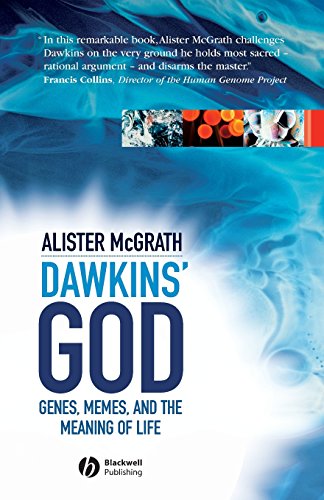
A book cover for Dawkins' GOD: Genes, Memes, and the Meaning of Life; Alister McGrath; Religion & Spirituality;